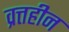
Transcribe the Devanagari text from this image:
व्रत्तहीन